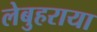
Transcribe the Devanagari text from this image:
लेबुहराया